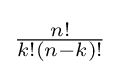
{\tfrac {n!}{k!(n-k)!}}